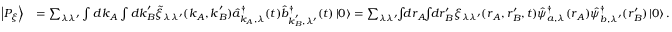
\begin{array} { r l } { \left| P _ { \xi } \right\rangle } & { = \sum _ { \lambda \lambda ^ { \prime } } \int d \boldsymbol { k } _ { A } \int d \boldsymbol { k } _ { B } ^ { \prime } \tilde { \xi } _ { \lambda \lambda ^ { \prime } } ( \boldsymbol { k } _ { A } , \boldsymbol { k } _ { B } ^ { \prime } ) \hat { a } _ { \boldsymbol { k } _ { A } , \lambda } ^ { \dagger } ( t ) \hat { b } _ { \boldsymbol { k } _ { B } ^ { \prime } , \lambda ^ { \prime } } ^ { \dagger } ( t ) \left| 0 \right\rangle = \sum _ { \lambda \lambda ^ { \prime } } \! \! \int \! \! d \boldsymbol { r } _ { A } \! \! \int \! \! d \boldsymbol { r } _ { B } ^ { \prime } \xi _ { \lambda \lambda ^ { \prime } } ( \boldsymbol { r } _ { A } , \boldsymbol { r } _ { B } ^ { \prime } , t ) \hat { \psi } _ { a , \lambda } ^ { \dagger } ( \boldsymbol { r } _ { A } ) \hat { \psi } _ { b , \lambda ^ { \prime } } ^ { \dagger } ( \boldsymbol { r } _ { B } ^ { \prime } ) \left| 0 \right\rangle . } \end{array}